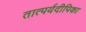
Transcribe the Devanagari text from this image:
तात्पर्यदीपिका